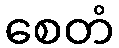
စေတံ